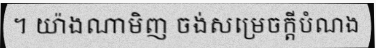
។ យ៉ាងណាមិញ ចង់សម្រេចក្តីបំណង